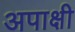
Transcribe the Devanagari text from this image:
अपाक्षी